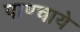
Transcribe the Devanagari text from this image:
पाण्चाये